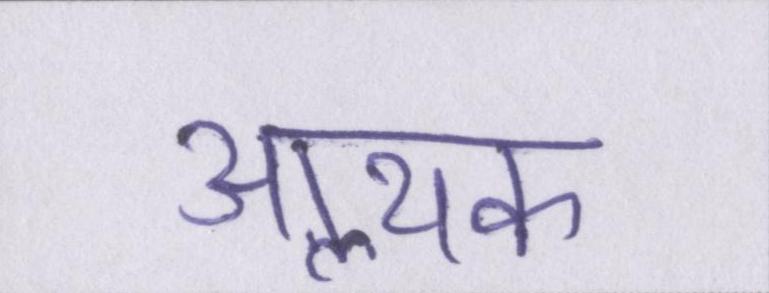
आॢथक